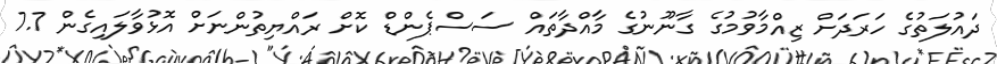
ދައުލަތުގެ ހަރަދަށް ޒިއްމާވުމުގެ ގާނޫނުގެ މާއްދާތައް ސަސްޕެންޑް ކޮށް ރައްޔިތުންނަށް އޮޅުވާލައިގެން 7.7